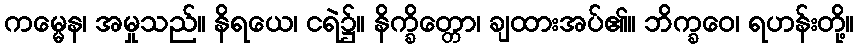
ကမ္မေန၊ အမှုသည်။ နိရယေ၊ ငရဲ၌။ နိက္ခိတ္တော၊ ချထားအပ်၏။ ဘိက္ခဝေ၊ ရဟန်းတို့။